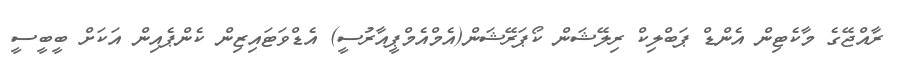
ރާއްޖޭގެ މާކެޓިން އެންޑް ޕަބްލިކް ރިލޭޝަން ކޯޕަރޭޝަން(އެމްއެމްޕީއާރުސީ) އެޑްވަޓައިޒިން ކެންޕެއިން އަކަށް ބީބީސީ